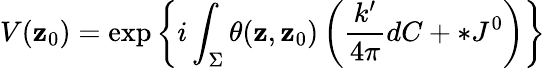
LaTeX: V(\mathbf{z}_{0})=\exp\left\{ i\int_{\Sigma}\theta(\mathbf{z},\mathbf{z}_{0})\left(\frac{{k^{\prime}}}{{4\pi}}dC+*J^{0}\right)\right\}